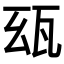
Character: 𤬮